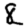
Digit: 8